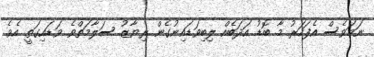
ނަމަވެސް އެފަހަރު މާ ބޮޑު އަދަބެއް ލިބިވަޑައިނުގެން ރިޔާޒު ސަލާމަތްވެ ވަޑައިގަތީ އެވެ.